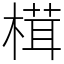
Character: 榵